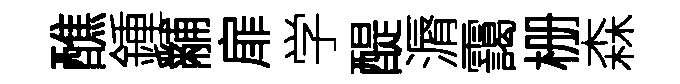
醮鍾黼扉学醍漘靄栅森